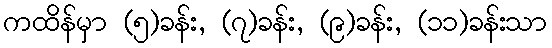
ကထိန်မှာ (၅)ခန်း, (၇)ခန်း, (၉)ခန်း, (၁၁)ခန်းသာ